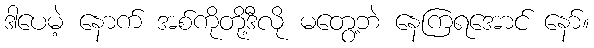
ဒါပေမဲ့ နောက် အစ်ကိုတို့ဒီလို မတွေ့ဘဲ နေကြရအောင် နော်။